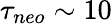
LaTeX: \tau_{neo}\sim 10